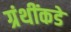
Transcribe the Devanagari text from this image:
ग्रंथींकडे